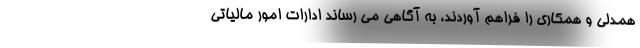
همدلی و همکاری را فراهم آوردند، به آگاهی می رساند ادارات امور مالیاتی